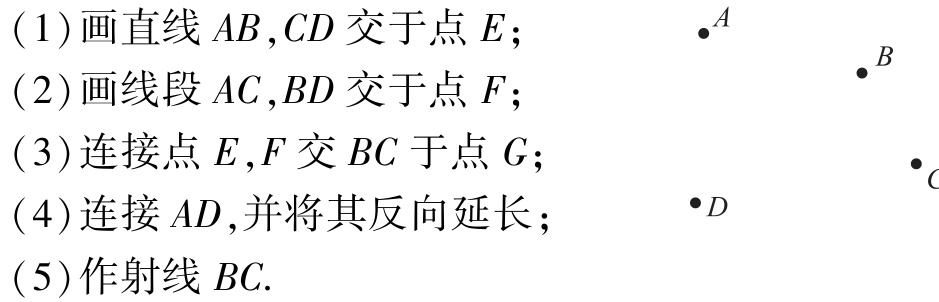
(1) 画直线 \(AB,CD\) 交于点 \(E\)；

(2) 画线段 \(AC,BD\) 交于点 \(F\)；

(3) 连接点 \(E,F\) 交 \(BC\) 于点 \(G\)；

(4) 连接 \(AD\),并将其反向延长；

(5) 作射线 \(BC\).

\(\bullet A\) \(\bullet B\)

\(\bullet D\) \(\bullet C\)